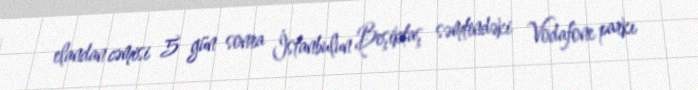
elandan cəmisi 5 gün sonra İstanbulun Beşiktaş səmtindəki Vodafone parkı